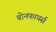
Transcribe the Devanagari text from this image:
बोनफायर्स